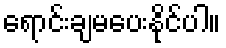
ရောင်းချမပေးနိုင်ပါ။